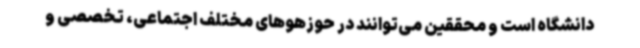
دانشگاه است و محققین می‌توانند در حوزهوهای مختلف اجتماعی، تخصصی و